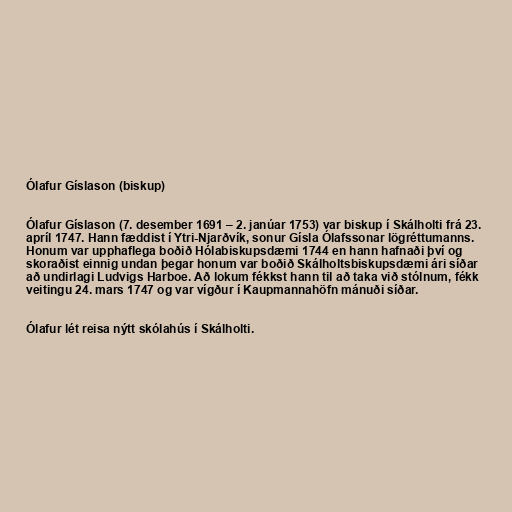
Ólafur Gíslason (biskup)

Ólafur Gíslason (7. desember 1691 – 2. janúar 1753) var biskup í Skálholti frá 23.
apríl 1747. Hann fæddist í Ytri-Njarðvík, sonur Gísla Ólafssonar lögréttumanns.
Honum var upphaflega boðið Hólabiskupsdæmi 1744 en hann hafnaði því og
skoraðist einnig undan þegar honum var boðið Skálholtsbiskupsdæmi ári síðar
að undirlagi Ludvigs Harboe. Að lokum fékkst hann til að taka við stólnum, fékk
veitingu 24. mars 1747 og var vígður í Kaupmannahöfn mánuði síðar.

Ólafur lét reisa nýtt skólahús í Skálholti.